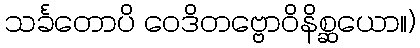
သင်္ခတောပိ ဝေဒိတဗ္ဗောဝိနိစ္ဆယော။)